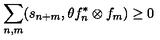
\sum _ { n , m } ( s _ { n + m } , \theta f _ { n } ^ { \ast } \otimes f _ { m } ) \geq 0